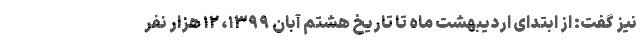
نیز گفت: از ابتدای اردیبهشت ماه تا تاریخ هشتم آبان ۱۳۹۹، ۱۲ هزار نفر